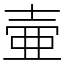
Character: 壷